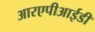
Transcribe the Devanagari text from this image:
आरएपीआईडी